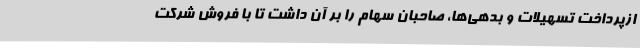
ازپرداخت تسهیلات و بدهی‌ها، صاحبان سهام را بر آن داشت تا با فروش شرکت